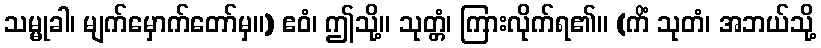
သမ္မုခါ၊ မျက်မှောက်တော်မှ။) ဧဝံ၊ ဤသို့။ သုတ္တံ၊ ကြားလိုက်ရ၏။ (ကိံ သုတံ၊ အဘယ်သို့